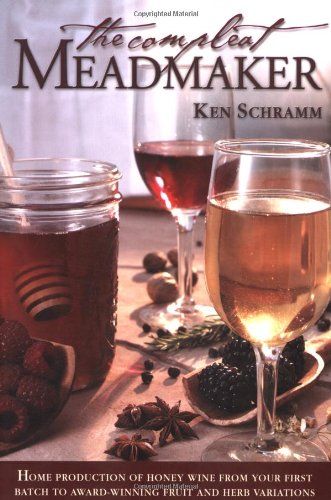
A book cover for The Compleat Meadmaker : Home Production of Honey Wine From Your First Batch to Award-winning Fruit and Herb Variations; Ken Schramm; Cookbooks, Food & Wine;